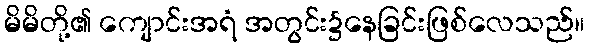
မိမိတို့၏ ကျောင်းအရံ အတွင်း၌နေခြင်းဖြစ်လေသည်။